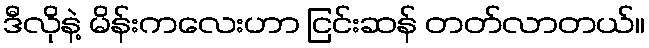
ဒီလိုနဲ့ မိန်းကလေးဟာ ငြင်းဆန် တတ်လာတယ်။